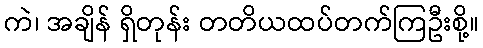
ကဲ၊ အချိန် ရှိတုန်း တတိယထပ်တက်ကြဦးစို့။